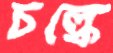
চল্‌কে